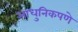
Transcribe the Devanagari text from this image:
आधुनिकपणे